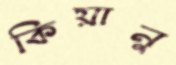
কিয়ানু